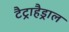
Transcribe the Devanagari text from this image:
टैट्राहैड्राल